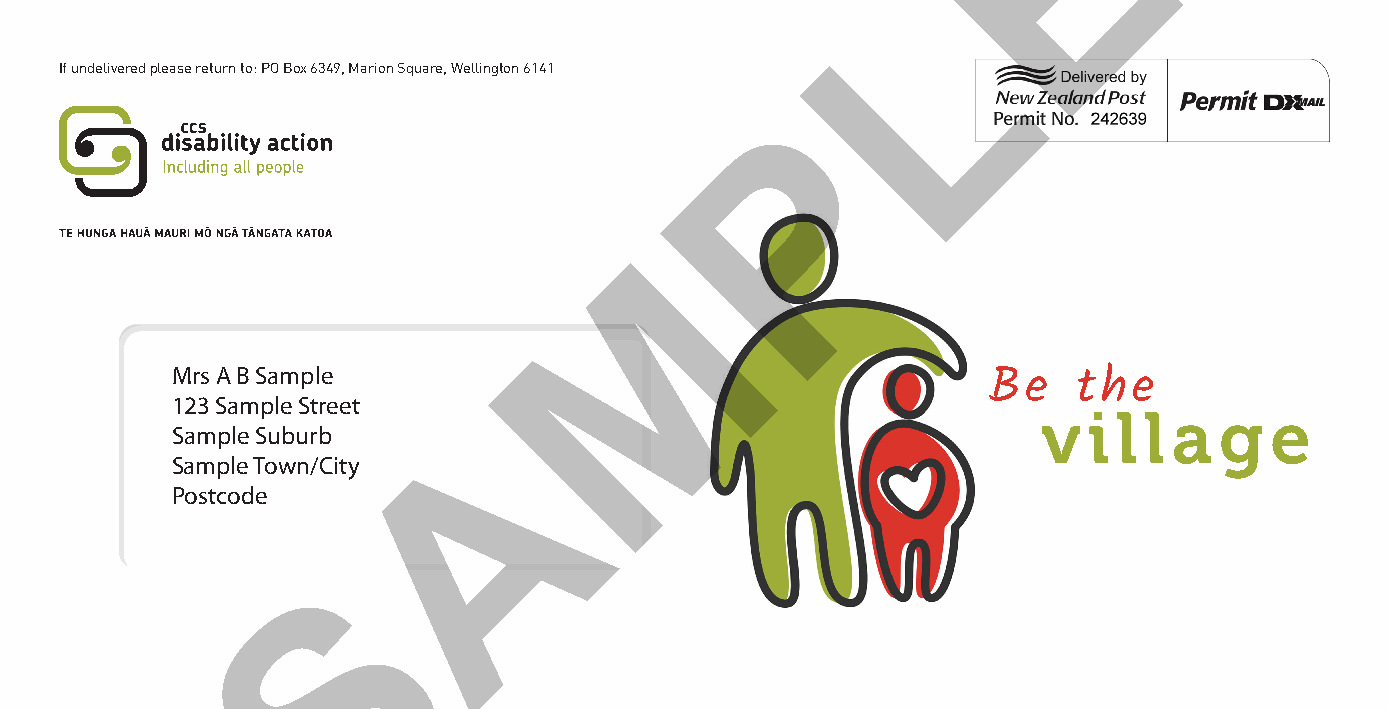
E
 L
 If undelivered please return to: PO Box 6349, Marion Square, Wellington 6141
 P
 M
 Mrs A B Sample
 Be    the
 123 Sample Street
 A                                      v  i l l a  g  e
 Sample Suburb
 Sample Town/City
 Postcode
 S